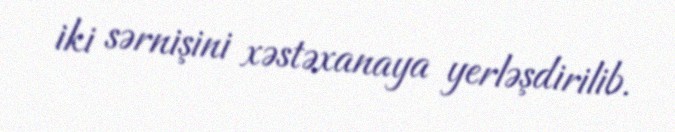
iki sərnişini xəstəxanaya yerləşdirilib.